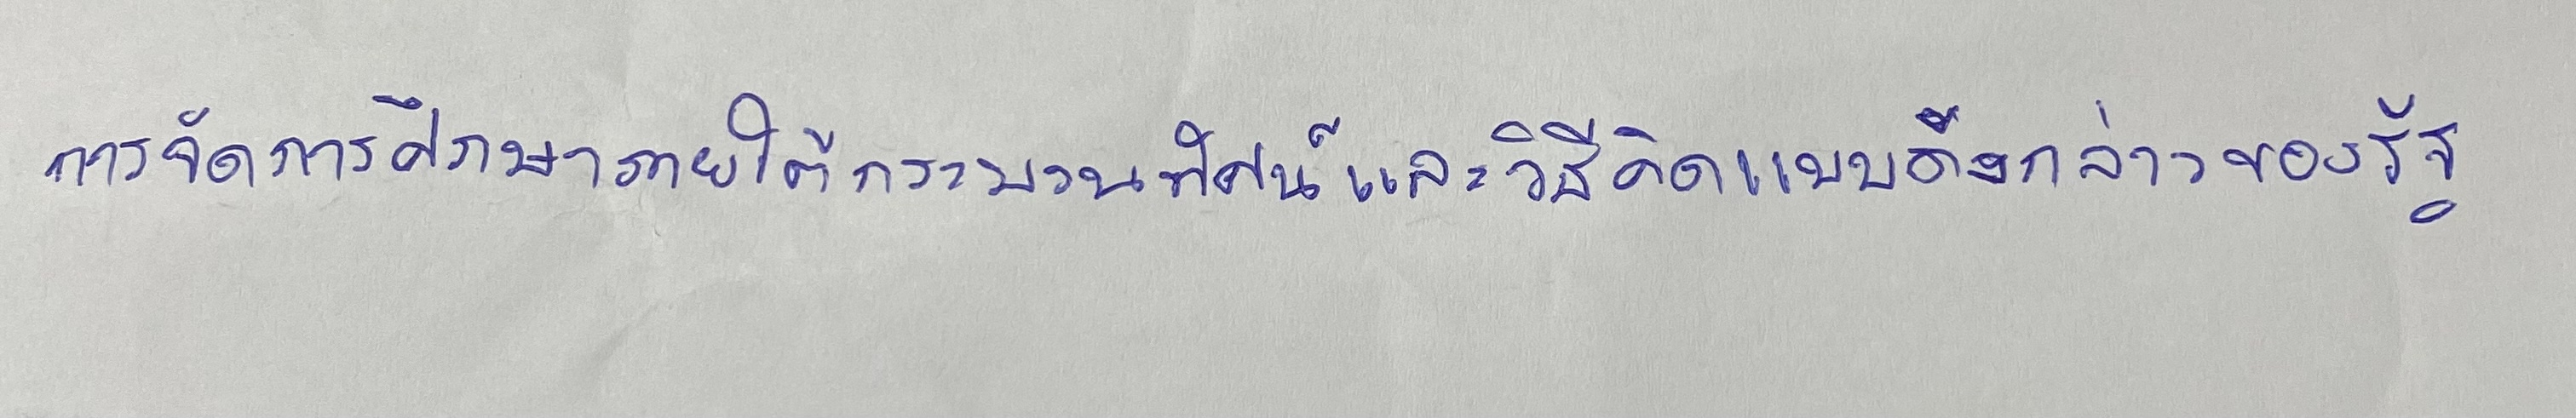
การจัดการศึกษาภายใต้กระบวนทัศน์และวิธีคิดแบบดังกล่าวของรัฐ